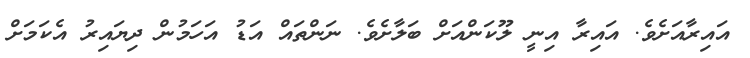
އައިރާއަށެވެ. އައިރާ އިނީ ލޫކަންއަށް ބަލާށެވެ. ނަންތައް އަޑު އަހަމުން ދިޔައިރު އެކަމަށް